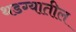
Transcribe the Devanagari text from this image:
थडग्यातील